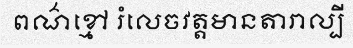
ពណ៌ខ្មៅ រំលេចវត្តមានតារាល្បី